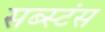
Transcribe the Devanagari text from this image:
सब्स्टंस